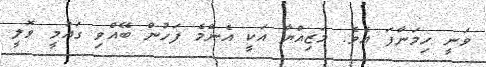
ވަނީ ހިމަނާފަ އެވެ. މަޒިއްޔާ އަކީ އެންމެ ފަހުން ބޭއްވި ގައުމީ ވޮލީ